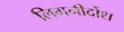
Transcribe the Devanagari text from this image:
लिगनीर्दोश